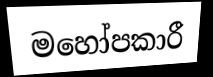
මහෝපකාරී